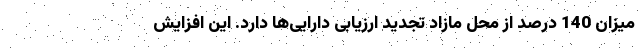
میزان 140 درصد از محل مازاد تجدید ارزیابی دارایی‌ها دارد. این افزایش